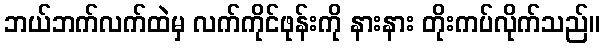
ဘယ်ဘက်လက်ထဲမှ လက်ကိုင်ဖုန်းကို နားနား တိုးကပ်လိုက်သည်။